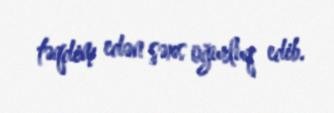
təqdim edən şəxs oğurluq edib.